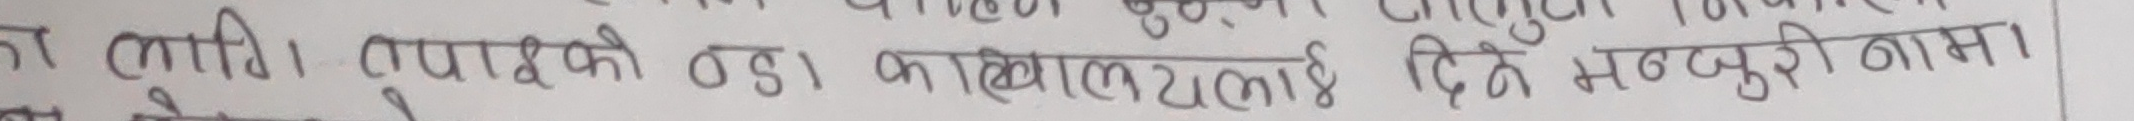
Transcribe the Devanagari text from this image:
त लाग्ने। लुप्राङको तडा, काखीमा लुटाई दिने मज्जुरी नामा।